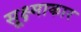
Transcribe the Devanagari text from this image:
सूक्ष्माकार